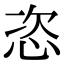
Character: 恣